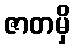
ဇာတမှိ